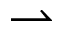
\rightharpoonup